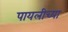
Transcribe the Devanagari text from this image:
पायलीच्या